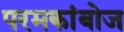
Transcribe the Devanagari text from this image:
परमकांबोज